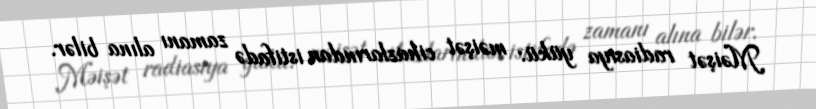
Məişət radiasiya yükü: məişət cihazlarından istifadə zamanı alına bilər.